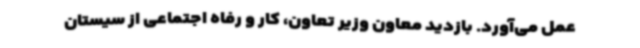
عمل می‌آورد. بازدید معاون وزیر تعاون، کار و رفاه اجتماعی از سیستان